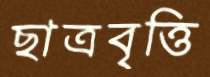
ছাত্রবৃত্তি